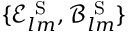
\{ \mathcal { E } _ { l m } ^ { { \mathrm { ~ S ~ } } } , \mathcal { B } _ { l m } ^ { { \mathrm { ~ S ~ } } } \}